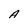
Character: A